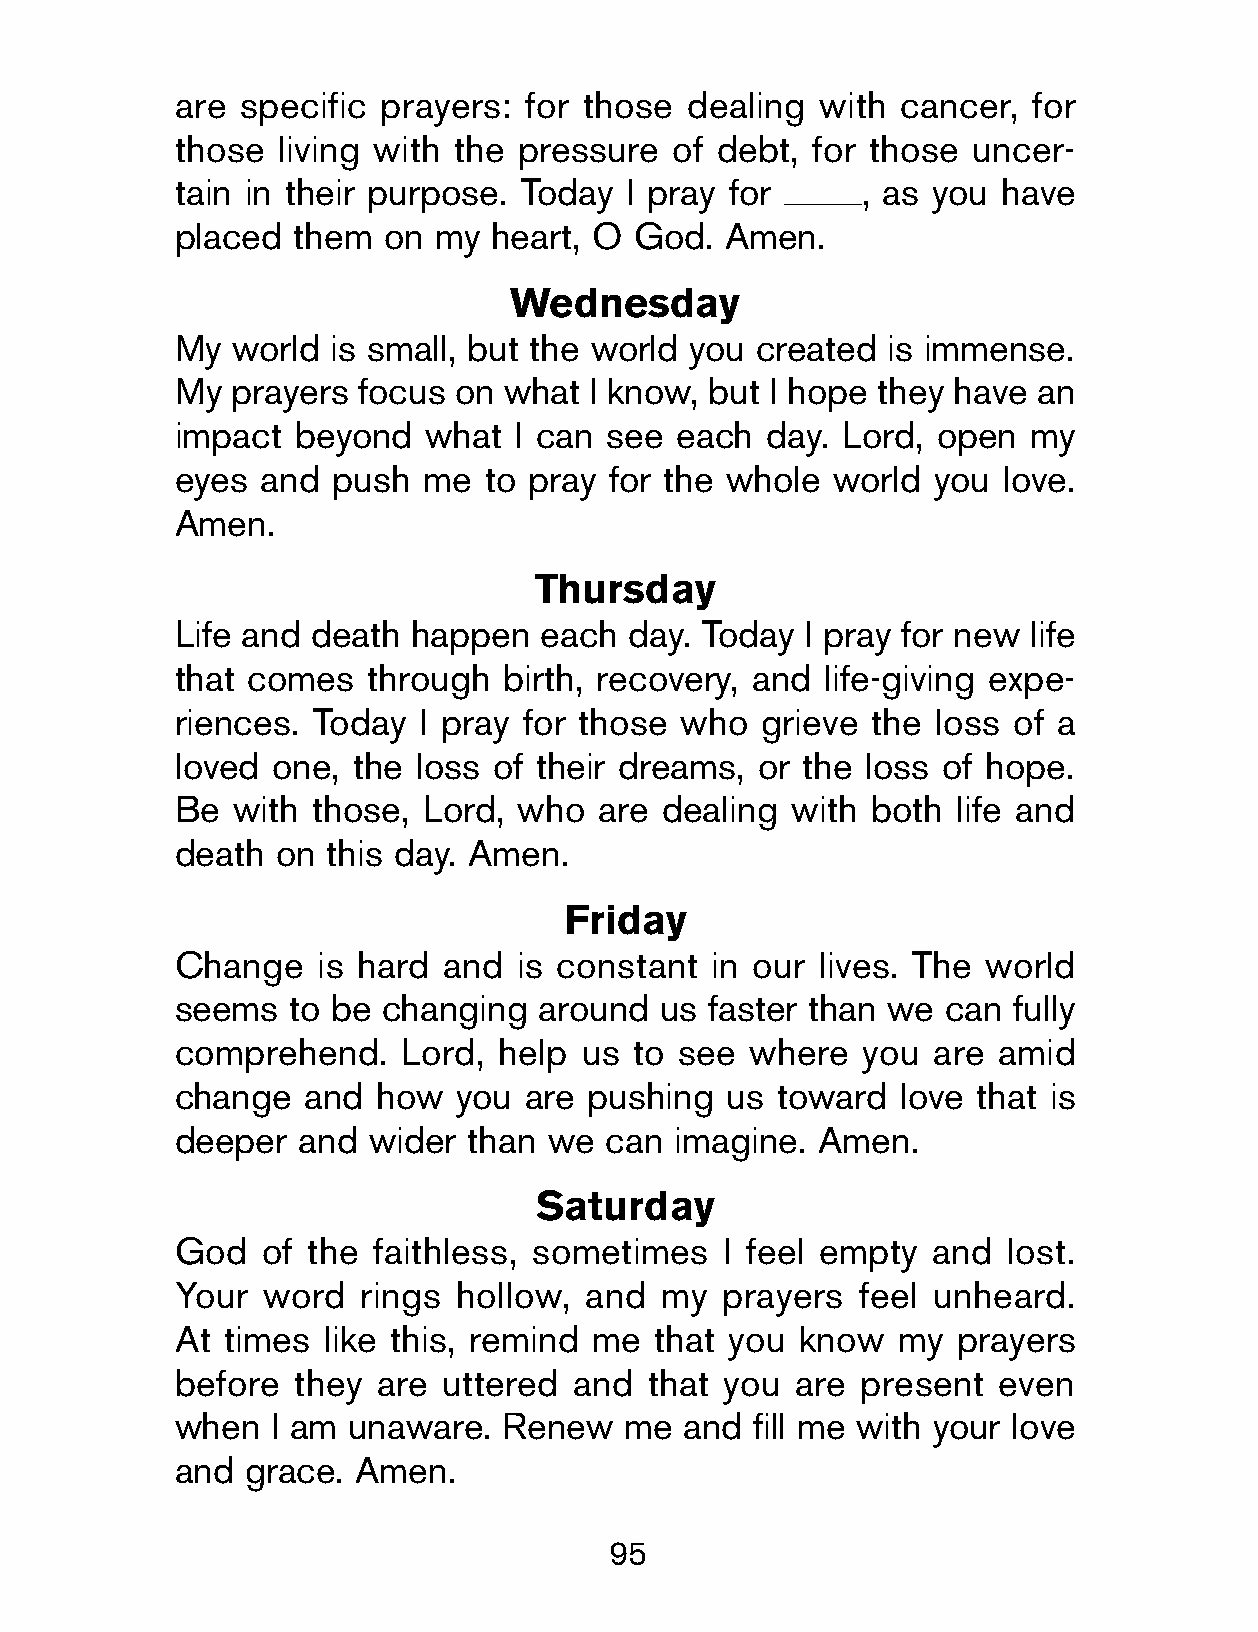
are  specific prayers:  for those dealing  with cancer,  for
 those  living with the pressure  of debt,  for those uncer-
 tain in their purpose. Today  I pray for      , as you have
 placed  them  on  my heart, O  God.  Amen.
 Wednesday
 My  world  is small, but the world you created  is immense.
 My  prayers  focus on what  I know, but I hope they have  an
 impact  beyond   what  I can see  each  day. Lord, open  my
 eyes  and  push  me  to pray for the whole  world  you love.
 Amen.
 Thursday
 Life and  death happen   each day. Today  I pray for new life
 that comes   through  birth, recovery, and  life-giving expe-
 riences.  Today  I pray for those who  grieve  the loss of a
 loved  one, the loss  of their dreams, or the loss of hope.
 Be  with  those, Lord, who   are dealing with  both life and
 death  on  this day. Amen.
 Friday
 Change    is hard and  is constant  in our lives. The world
 seems   to be changing   around  us faster than we can  fully
 comprehend.     Lord, help us  to see  where  you  are amid
 change   and  how  you  are pushing  us toward  love  that is
 deeper   and wider  than we  can  imagine. Amen.
 Saturday
 God   of the  faithless, sometimes   I feel empty  and  lost.
 Your  word   rings hollow,  and  my  prayers  feel unheard.
 At  times like this, remind me  that you  know  my  prayers
 before  they  are uttered  and  that you  are present  even
 when   I am unaware.  Renew   me  and  fill me with your love
 and  grace. Amen.
 95